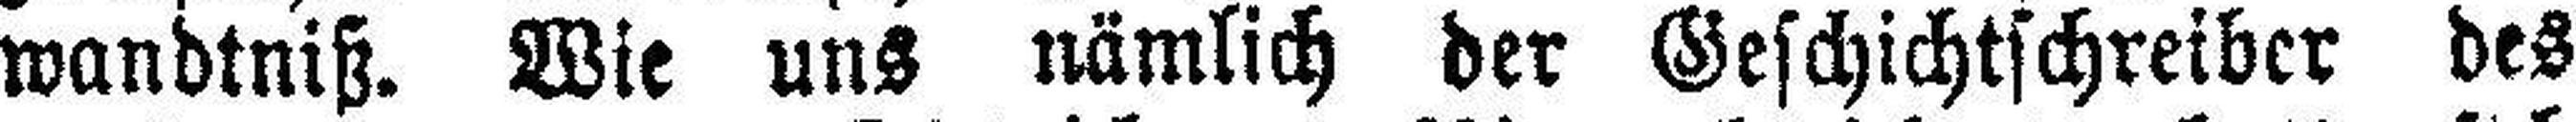
wandtniß. Wie uns nämlich der Geschichtschreiber des